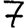
Digit: 7